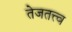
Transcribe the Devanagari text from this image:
तेजतत्त्व